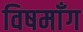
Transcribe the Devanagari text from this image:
विषमाँग